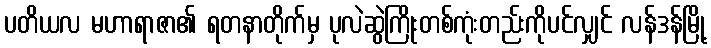
ပတိယလ မဟာရာဇာ၏ ရတနာတိုက်မှ ပုလဲဆွဲကြိုးတစ်ကုံးတည်းကိုပင်လျှင် လန်ဒန်မြို့